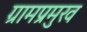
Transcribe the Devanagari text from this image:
ग्रामप्रमुख